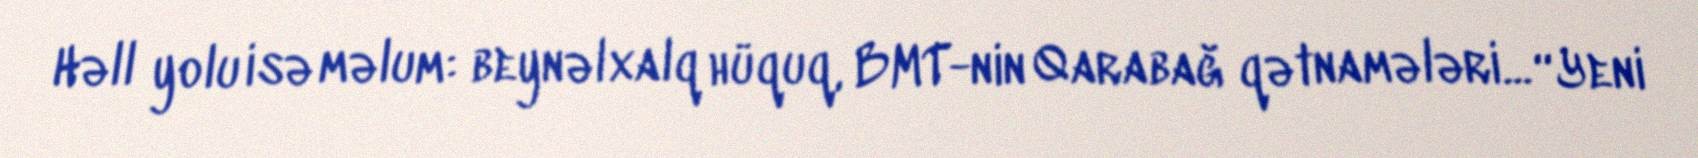
Həll yolu isə məlum: beynəlxalq hüquq, BMT-nin Qarabağ qətnamələri... “Yeni